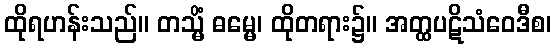
ထိုရဟန်းသည်။ တသ္မိံ ဓမ္မေ၊ ထိုတရား၌။ အတ္ထပဋိသံဝေဒီစ၊